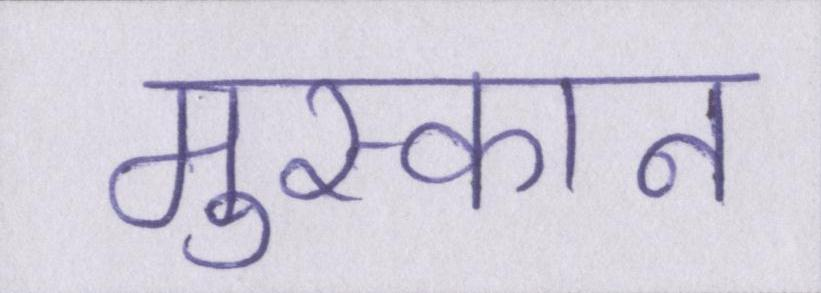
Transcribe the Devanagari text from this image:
मुस्कान